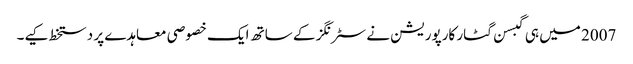
2007 میں ہی گبسن گٹار کارپوریشن نے سٹرنگز کے ساتھ ایک خصوصی معاہدے پر دستخط کیے۔